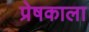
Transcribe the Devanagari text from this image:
प्रेषकाला